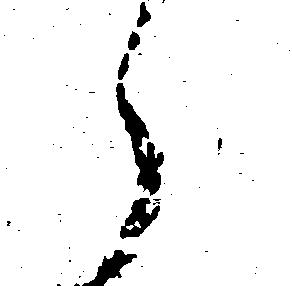
え